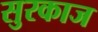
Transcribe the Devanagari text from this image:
सुरकाज